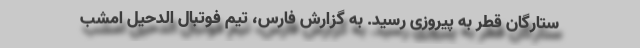
ستارگان قطر به پیروزی رسید. به گزارش فارس، تیم فوتبال الدحیل امشب